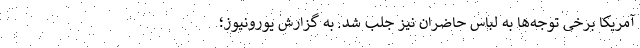
آمریکا برخی توجه‌ها به لباس حاضران نیز جلب شد. به گزارش یورونیوز؛